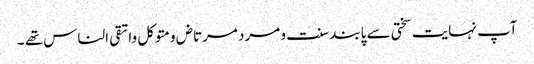
آپ نہایت سختی سے پابند سنت و مرد مرتاض ومتوکل واتقی الناس تھے ۔